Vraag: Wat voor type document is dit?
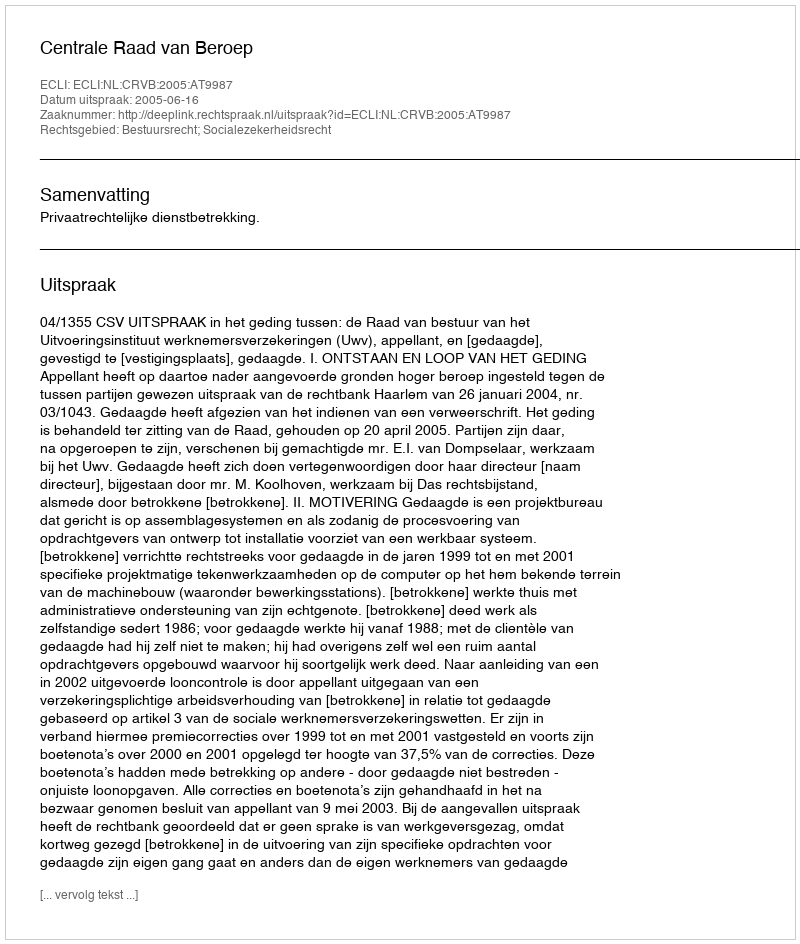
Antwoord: Uitspraak